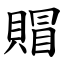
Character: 賵